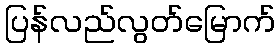
ပြန်လည်လွတ်မြောက်